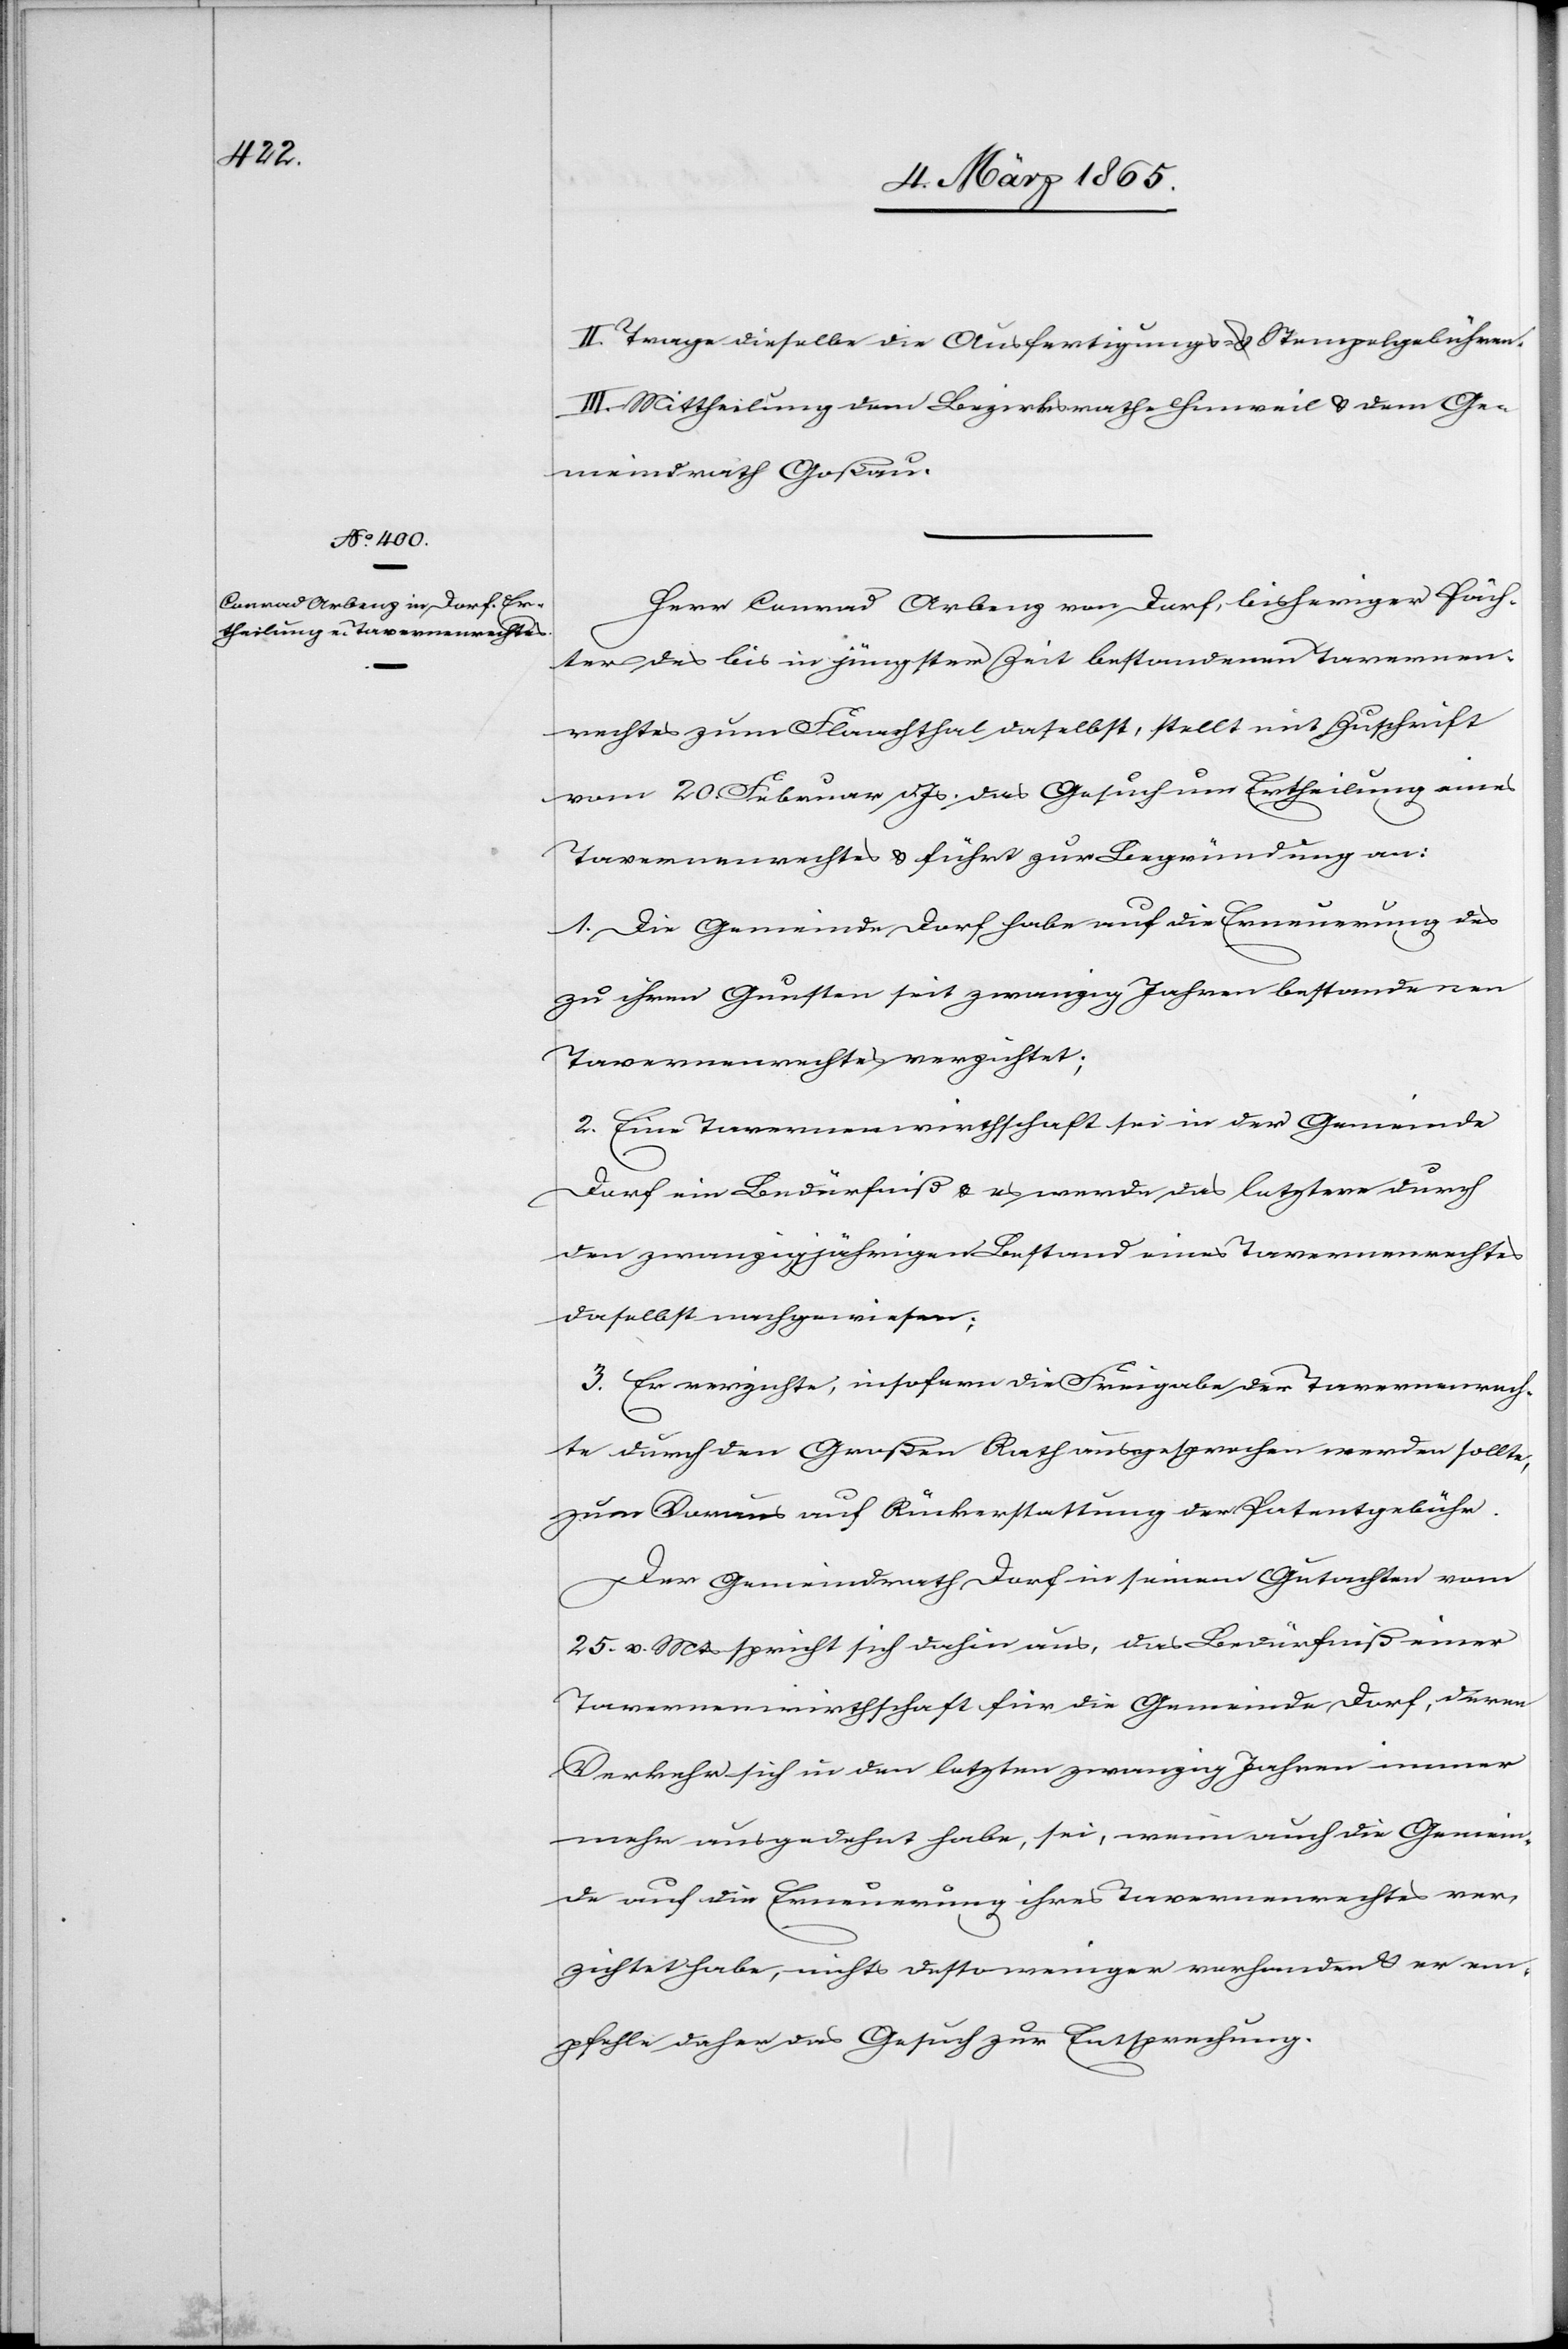
II. Trage dieselbe die Ausfertigungs- u. Stempelgebühren.
III. Mittheilung dem Bezirksrathe Hinweil u. dem Ge¬
meindrath Goßau.
Herr Conrad Arbenz von Dorf, bisheriger Päch¬
ter des bis in jüngster Zeit bestandenen Tavernen¬
rechtes zum Flachthal daselbst, stellt mit Zuschrift
vom 20. Februar d. Js. das Gesuch um Ertheilung eines
Tavernenrechtes u. führt zur Begründung an:
1. Die Gemeinde Dorf habe auf die Erneuerung des
zu ihren Gunsten seit zwanzig Jahren bestandenen
Tavernenrechtes verzichtet;
2. Eine Tavernenwirthschaft sei in der Gemeinde
Dorf ein Bedürfniß u. es werde das letztere durch
den zwanzigjährigen Bestand eines Tavernenrechtes
daselbst nachgewiesen;
3. Er verzichte, insofern die Freigabe der Tavernenrech¬
te durch den Großen Rath ausgesprochen werden sollte,
zum Voraus auf Rückerstattung der Patentgebühr.
Der Gemeindrath Dorf in seinem Gutachten vom
25. v. Mts spricht sich dahin aus, das Bedürfniß einer
Tavernenwirthschaft für die Gemeinde Dorf, deren
Verkehr sich in den letzten zwanzig Jahren immer
mehr ausgedehnt habe, sei, wenn auch die Gemein¬
de auf die Erneuerung ihres Tavernenrechtes ver¬
zichtet habe, nichts desto weniger vorhanden u. er em¬
pfehle daher das Gesuch zur Entsprechung.